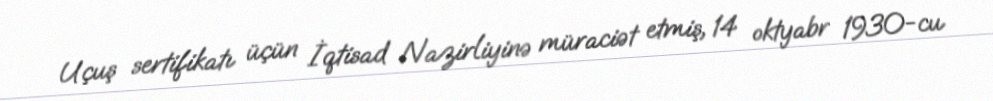
Uçuş sertifikatı üçün İqtisad Nazirliyinə müraciət etmiş, 14 oktyabr 1930-cu